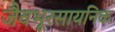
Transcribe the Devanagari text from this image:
जैवभूरसायनिक